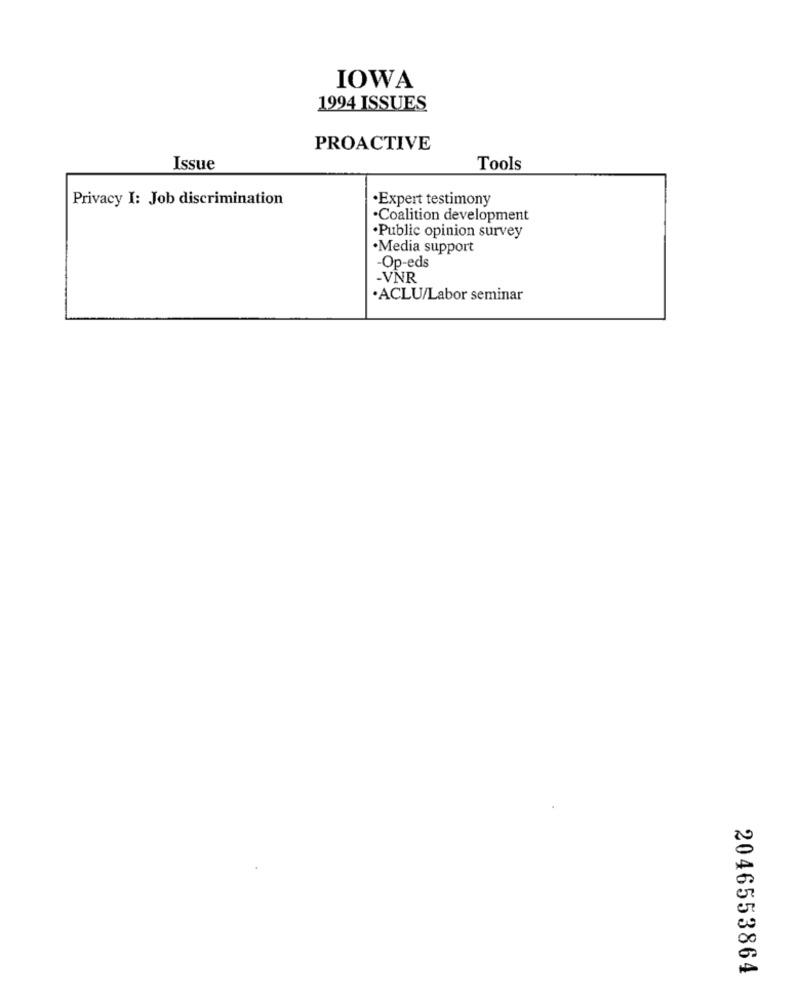
IOWA
1994 ISSUES
PROACTIVE
Issue
Tools
Privacy I: Job discrimination
·Expert testimony
·Coalition development
·Public opinion survey
.Media support
Op-eds
-VNR
·ACLU/Labor seminar
2046553864